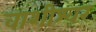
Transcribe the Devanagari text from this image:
वाशीश्वर